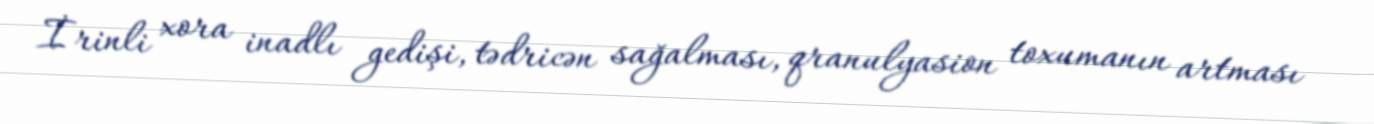
İrinli xora inadlı gedişi, tədricən sağalması, qranulyasion toxumanın artması